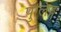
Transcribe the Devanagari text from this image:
पुलिङ्ग